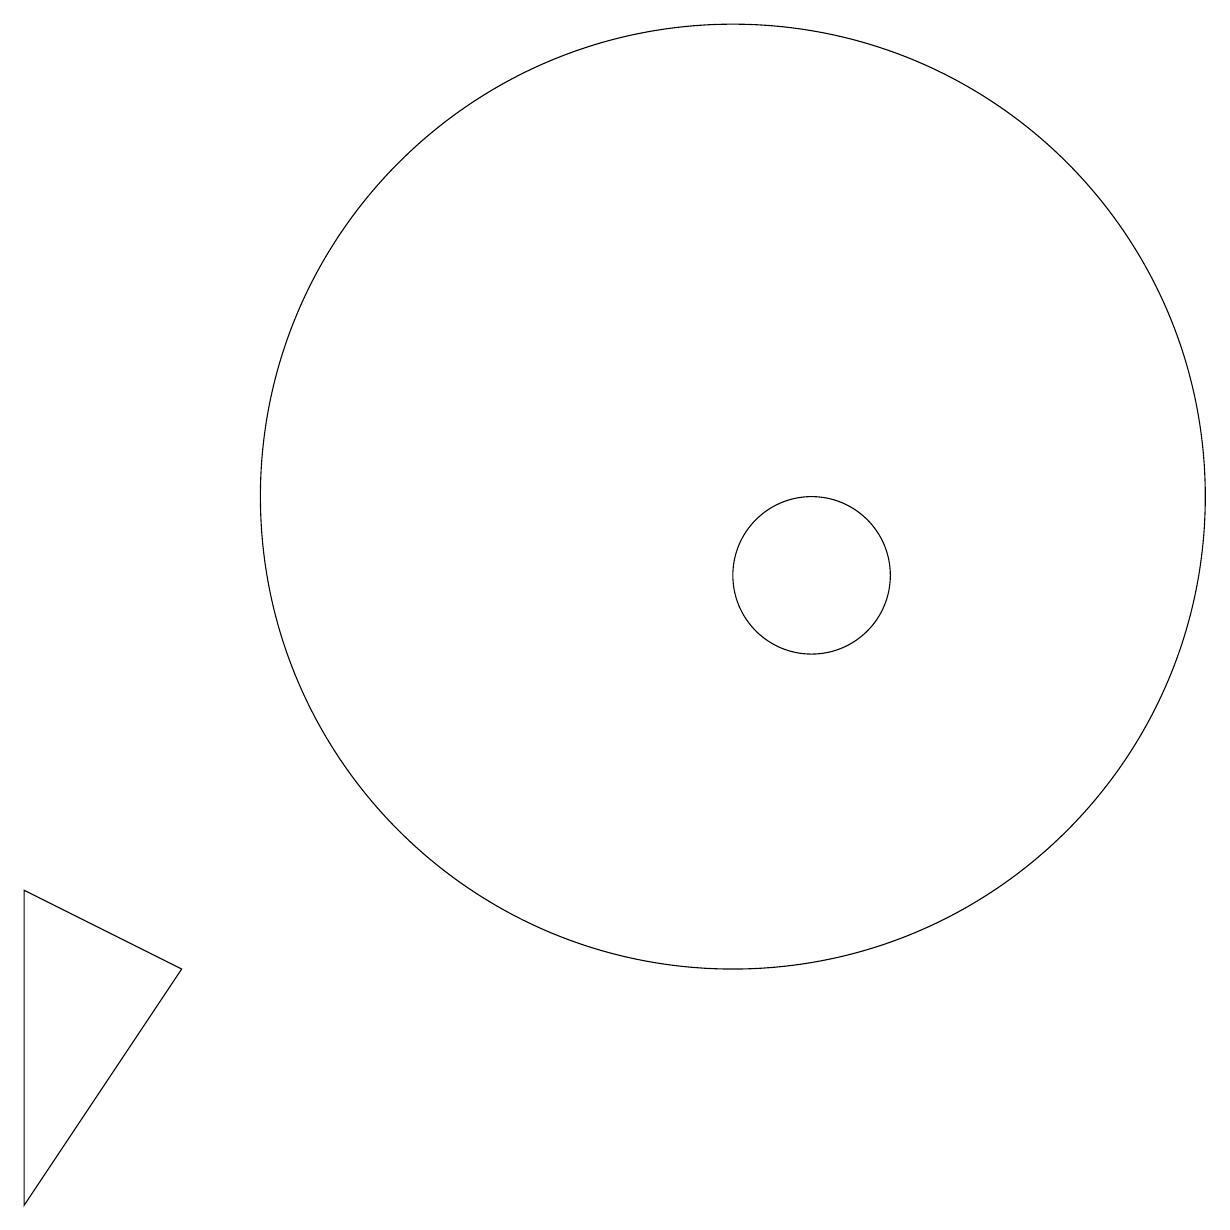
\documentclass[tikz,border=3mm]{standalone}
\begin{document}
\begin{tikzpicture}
\draw (1,6) -- (1,2) -- (3,5) -- cycle;
\draw (11,10) circle (1);
\draw (10,11) circle (6);
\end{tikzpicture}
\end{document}